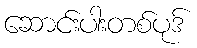
ဆောင်းပါးတစ်ပုဒ်